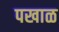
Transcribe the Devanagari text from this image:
पखाळ